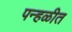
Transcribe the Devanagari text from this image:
पन्हळीत